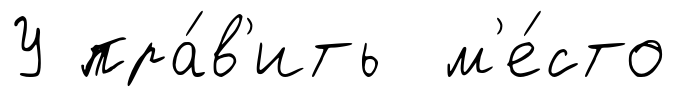
У пра́в'ить м'е́сто